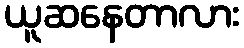
ယူဆနေတာလား